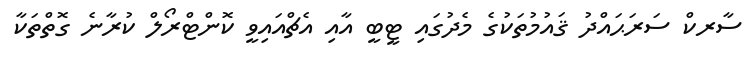
ސާރކް ސަރަޙައްދު ޤައުމުތަކުގެ މެދުގައި ޓީބީ އާއި އެޗްއައިވީ ކޮންޓްރޯލް ކުރާނެ ގޮތްތަކާ